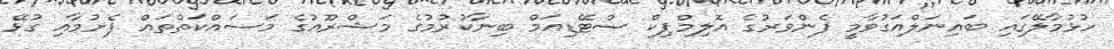
ހުޅުމާލޭގައި ބައިނަލްއަގުވާމީ ފެންވަރުގެ އޮލިމްޕިކް ސްޓޭޑިއަމް ބިނާކުރުމުގެ މަޝްރޫއުގެ މަސައްކަތްތައް ފެށުމާއި ގުޅޭ